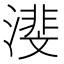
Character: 𪷕